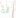
أنه